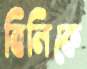
বিলিকে